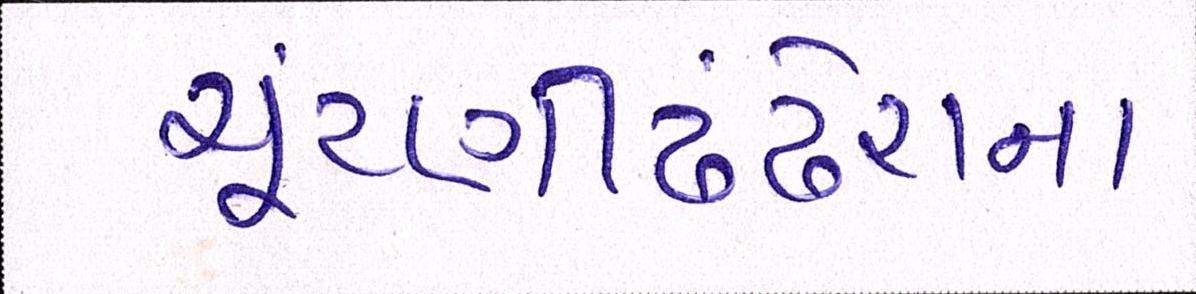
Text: ચૂંટણીઢંઢેરાનાં